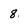
Character: 8